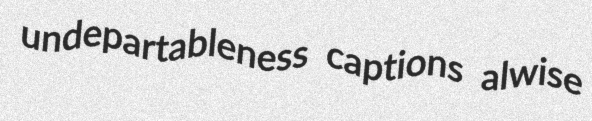
undepartableness captions alwise